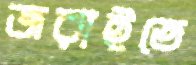
জরাইতে